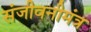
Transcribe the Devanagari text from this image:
संजीवनीमंत्र